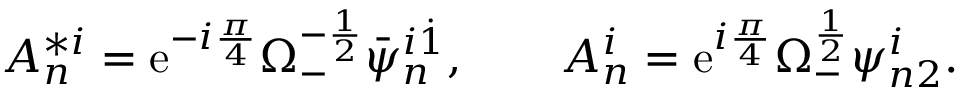
A _ { n } ^ { * i } = \mathrm { e } ^ { - i { \frac { \pi } { 4 } } } \Omega _ { - } ^ { - { \frac { 1 } { 2 } } } \bar { \psi } _ { n } ^ { i \dot { 1 } } , \qquad A _ { n } ^ { i } = \mathrm { e } ^ { i { \frac { \pi } { 4 } } } \Omega _ { - } ^ { { \frac { 1 } { 2 } } } \psi _ { n 2 } ^ { i } .